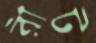
রীট